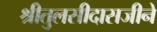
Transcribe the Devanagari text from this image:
श्रीतुलसीदासजीने